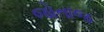
જોતાજ